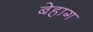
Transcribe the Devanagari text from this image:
बेहाग